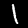
Label: 1